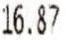
16.87